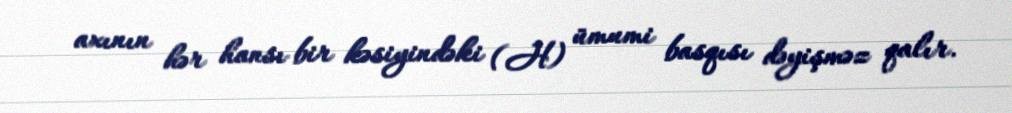
axının hər hansı bir kəsiyindəki (H) ümumi basqısı dəyişməz qalır.